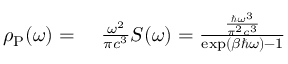
\begin{array} { r l } { \rho _ { \mathrm { P } } ( \omega ) = } & { { } \, \, \frac { \omega ^ { 2 } } { \pi c ^ { 3 } } S ( \omega ) = \frac { \frac { \hbar \omega ^ { 3 } } { \pi ^ { 2 } c ^ { 3 } } } { \exp \left( \beta \hbar \omega \right) - 1 } } \end{array}